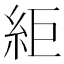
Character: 䋌